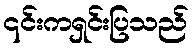
၎င်းကရှင်းပြသည်